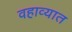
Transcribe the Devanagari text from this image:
वहाव्यात